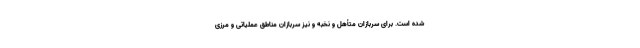
شده است. برای سربازان متأهل و نخبه و نیز سربازان مناطق عملیاتی و مرزی